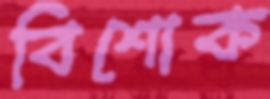
বিশোক